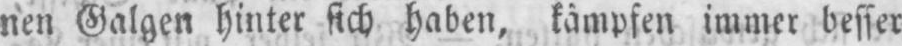
nen Galgen hinter sich haben, kämpfen immer besser